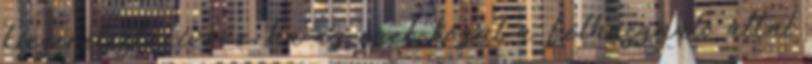
kicserélést, kivéve, ha az ezek közül a Felhasználó által